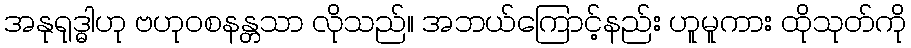
အနုရုဒ္ဓါဟု ဗဟုဝစနန္တသာ လိုသည်။ အဘယ်ကြောင့်နည်း ဟူမူကား ထိုသုတ်ကို